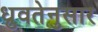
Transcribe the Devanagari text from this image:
ध्रुवतेनुसार